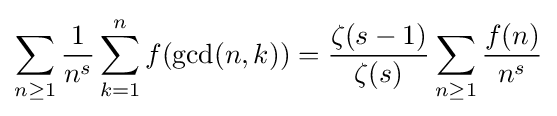
\sum _{n\geq 1}{\frac {1}{n^{s}}}\sum _{k=1}^{n}f(\operatorname {gcd} (n,k))={\frac {\zeta (s-1)}{\zeta (s)}}\sum _{n\geq 1}{\frac {f(n)}{n^{s}}}